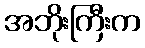
အဘိုးကြီးက